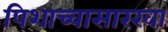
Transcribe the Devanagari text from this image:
पिशाच्चासारखा